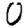
Digit: 0